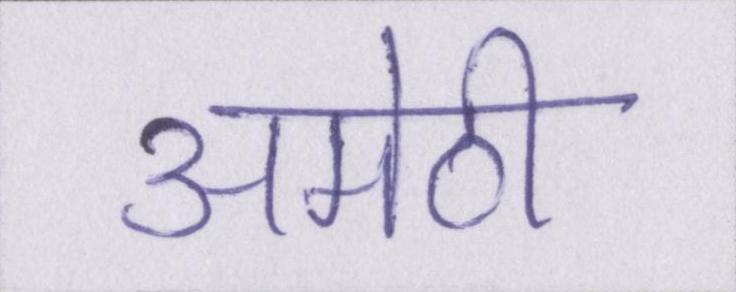
अमेठी